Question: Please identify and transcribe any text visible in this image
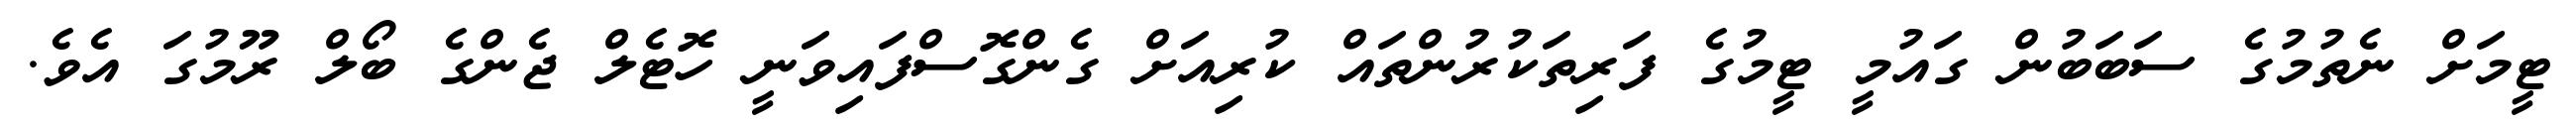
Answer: ޓީމަށް ނެތުމުގެ ސަބަބުން ގައުމީ ޓީމުގެ ފަރިތަކުރުންތައް ކުރިއަށް ގެންގޮސްފައިވަނީ ހޮޓެލް ޖެންގެ ބޯލް ރޫމުގަ އެވެ.